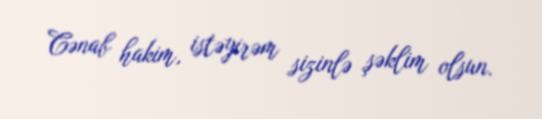
Cənab hakim, istəyirəm sizinlə şəklim olsun.